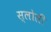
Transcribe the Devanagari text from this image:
स्लोली